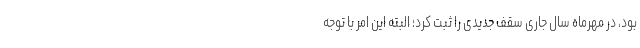
بود، در مهرماه سال جاری سقف جدیدی را ثبت کرد؛ البته این امر با توجه